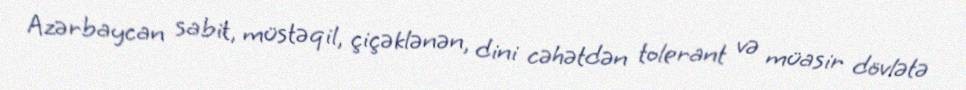
Azərbaycan sabit, müstəqil, çiçəklənən, dini cəhətdən tolerant və müasir dövlətə